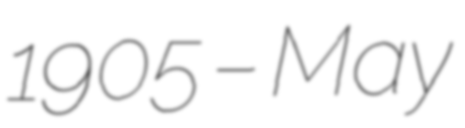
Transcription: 1905 – May